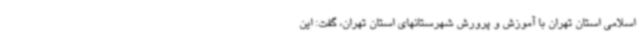
اسلامی استان تهران با آموزش و پرورش شهرستانهای استان تهران، گفت: این